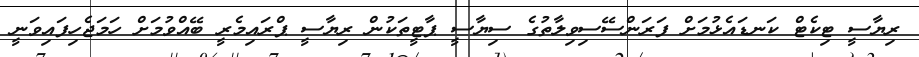
ރިޔާސީ ޓިކެޓް ކަނޑައެޅުމަށް ފަރަންސޭސިވިލާތުގެ ސިޔާސީ ޕާޓީތަކުން ރިޔާސީ ޕްރައިމެރީ ބޭއްވުމަށް ހަމަޖެހިފައިވަނީ